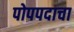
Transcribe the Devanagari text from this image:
पोपपदाचा